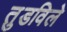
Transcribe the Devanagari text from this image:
तुडविले